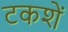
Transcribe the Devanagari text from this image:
टकशें